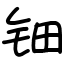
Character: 钿